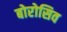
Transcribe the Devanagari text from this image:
बोरोसिव